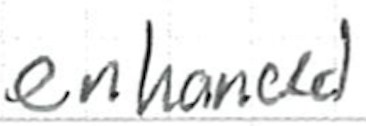
Text: enhanced
Cross-out: clean
Writing tool: ballpoint